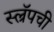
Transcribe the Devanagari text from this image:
स्ल्रॅपची